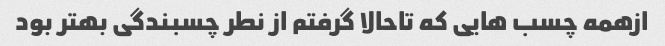
ازهمه چسب هایی که تاحالا گرفتم از نطر چسبندگی بهتر بود